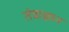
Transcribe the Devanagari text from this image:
तंत्राज्ञान